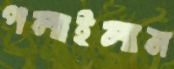
পলাইলাম